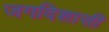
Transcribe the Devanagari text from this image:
जगदिशासी